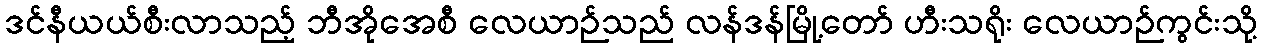
ဒင်နီယယ်စီးလာသည့် ဘီအိုအေစီ လေယာဉ်သည် လန်ဒန်မြို့တော် ဟီးသရိုး လေယာဉ်ကွင်းသို့